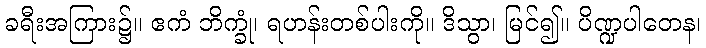
ခရီးအကြား၌။ ဧကံ ဘိက္ခုံ၊ ရဟန်းတစ်ပါးကို။ ဒိသွာ၊ မြင်၍။ ပိဏ္ဍပါတေန၊